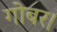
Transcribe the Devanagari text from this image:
गोबर।